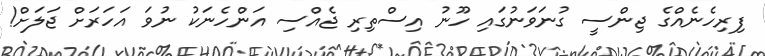
ފިރިހެނެއްގެ ޖިންސީ ގުނަވަނުގައި ހޫނު އިސްތިރި ޖެއްސި އަންހެނަކު ނުވަ އަހަރަށް ޖަލަށް!